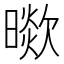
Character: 𣊞